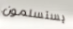
يستسلمون